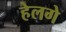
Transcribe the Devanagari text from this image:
हेलगे